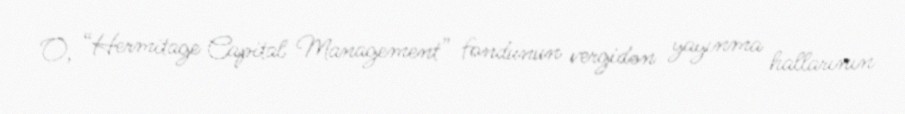
O, “Hermitage Capital Management” fondunun vergidən yayınma hallarının